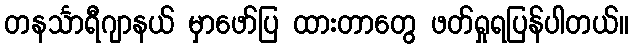
တနင်္သာရီဂျာနယ် မှာဖော်ပြ ထားတာတွေ ဖတ်ရှုရပြန်ပါတယ်။